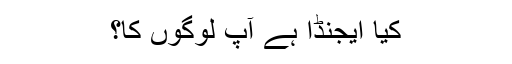
کیا ایجنڈا ہے آپ لوگوں کا؟